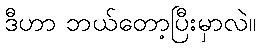
ဒီဟာ ဘယ်တော့ပြီးမှာလဲ။